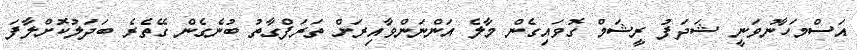
އަސްމަހާނުވަނީ ޝަދަފު ރީޝަމް ގޮވައިގެން މާލެ އަންނަންވާއިރަށް ތަރަފްގާތު ބުނެގެން ގޭތެރެ ބަދަލުކޮށްލާފަ